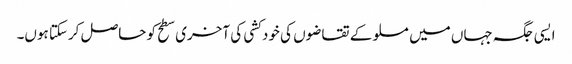
ایسی جگہ جہاں میں مسلو کے تقاضوں کی خود کشی کی آخری سطح کو حاصل کرسکتا ہوں۔